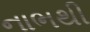
નાભથી